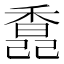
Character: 𩡆